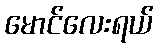
မောင်လေးရယ်